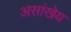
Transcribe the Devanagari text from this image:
असांखेय